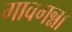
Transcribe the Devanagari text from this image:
गावगन्ना